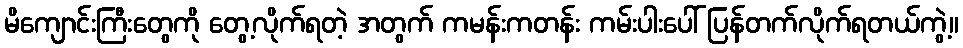
မိကျောင်းကြီးတွေကို တွေ့လိုက်ရတဲ့ အတွက် ကမန်းကတန်း ကမ်းပါးပေါ် ပြန်တက်လိုက်ရတယ်ကွဲ့။